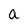
Character: a